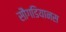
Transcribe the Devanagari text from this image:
सौगडियानस